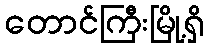
တောင်ကြီးမြို့ရှိ